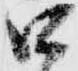
口